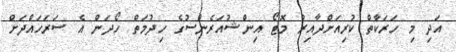
އަދި މި ހަރަކާތް ކުރިއަށްދާއިރު މޮޓޯ އިންޝުއަރެންސުގެ ހިދުމަތް ހޯދަން އެ ސަރަހައްދަށް